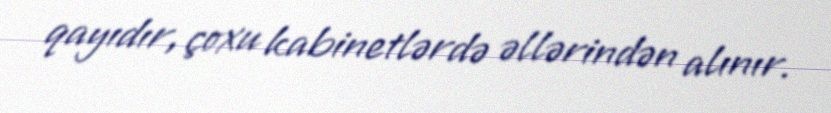
qayıdır, çoxu kabinetlərdə əllərindən alınır.